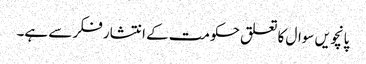
پانچویں سوال کا تعلق حکومت کے انتشار فکر سے ہے۔